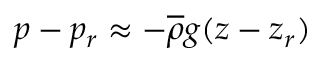
p - p _ { r } \approx - \overline { { \rho } } g ( z - z _ { r } )